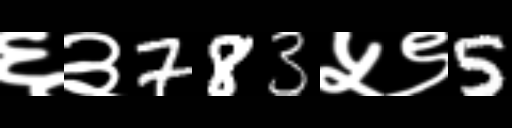
Text: ६३783५९5